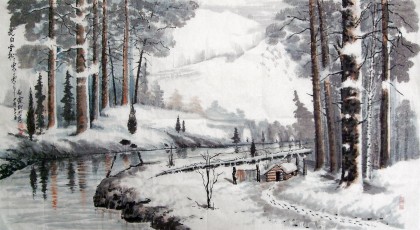
岸旁青草长不歇，空中白雪遥旋灭。